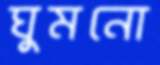
ঘুমনো